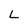
Character: L